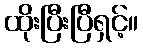
ထိုးပြီးပြီရှင့်။